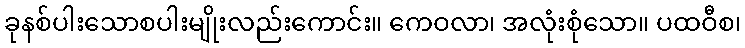
ခုနစ်ပါးသောစပါးမျိုးလည်းကောင်း။ ကေဝလာ၊ အလုံးစုံသော။ ပထဝီစ၊